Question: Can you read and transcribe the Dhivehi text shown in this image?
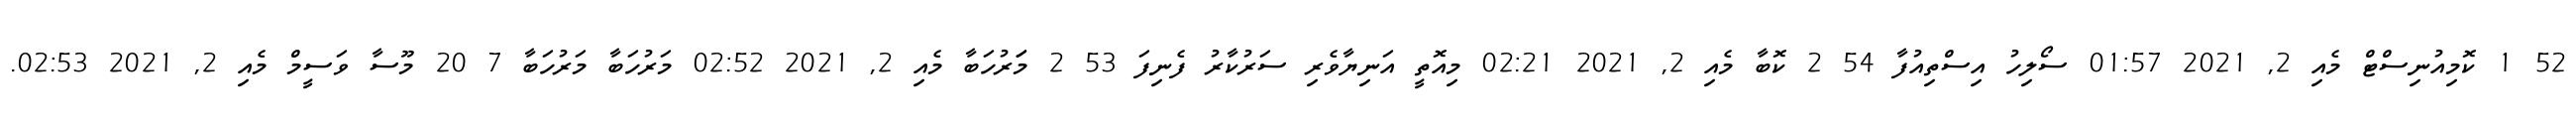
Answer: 52 1 ކޮމިއުނިސްޓް މެއި 2, 2021 01:57 ސޯލިހު އިސްތިއުފާ 54 2 ކޮބާ މެއި 2, 2021 02:21 މިއޮތީ އަނިޔާވެރި ސަރުކާރު ފެނިފަ 53 2 މަަރުހަބާ މެއި 2, 2021 02:52 މަރުހަބާ މަރުހަބާ 7 20 މޫސާ ވަސީމް މެއި 2, 2021 02:53.